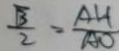
\frac { \sqrt { 3 } } { 2 } = \frac { A H } { A O }